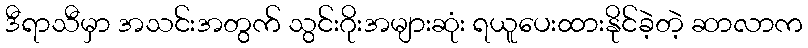
ဒီရာသီမှာ အသင်းအတွက် သွင်းဂိုးအများဆုံး ရယူပေးထားနိုင်ခဲ့တဲ့ ဆာလာက